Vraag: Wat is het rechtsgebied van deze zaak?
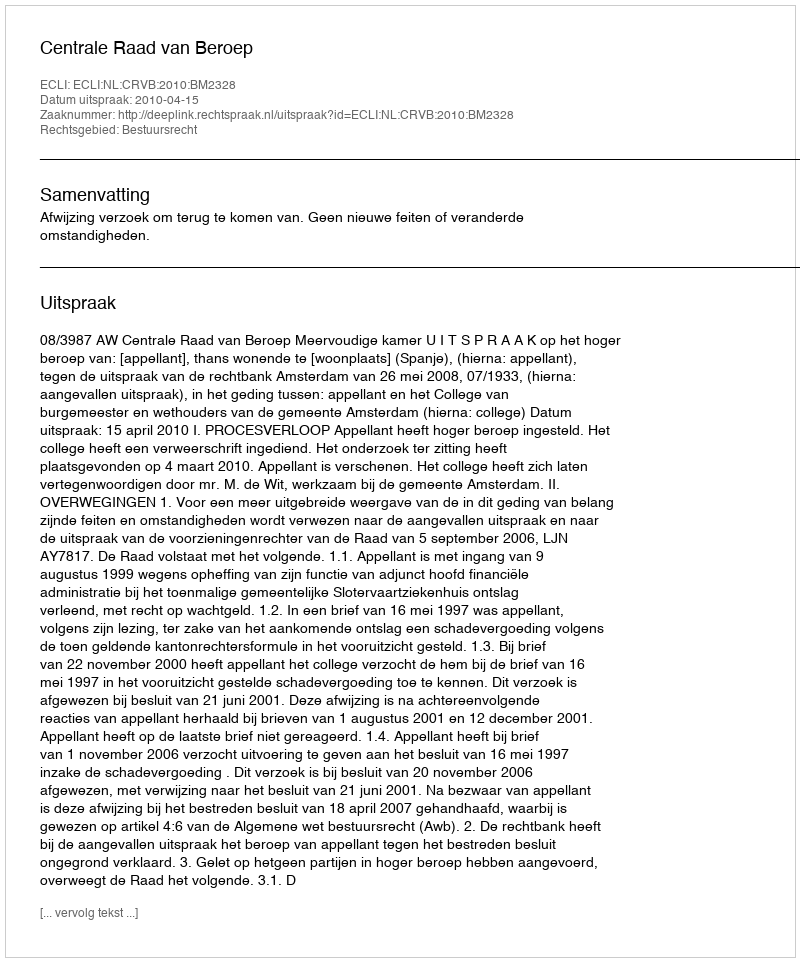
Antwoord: Bestuursrecht